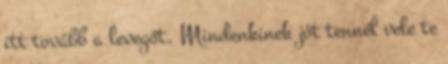
itt tovább a levegőt. Mindenkinek jót tennél vele te